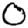
Digit: 0